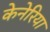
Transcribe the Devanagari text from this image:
केनेरिया